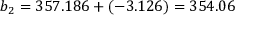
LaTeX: b _ { 2 } = 3 5 7 . 1 8 6 + ( - 3 . 1 2 6 ) = 3 5 4 . 0 6